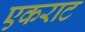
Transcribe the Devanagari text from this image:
एकराट